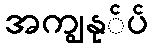
အကျွနု်ပ်